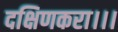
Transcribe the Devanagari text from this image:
दक्षिणकरा।।।